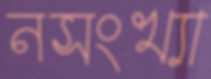
নসংখ্যা